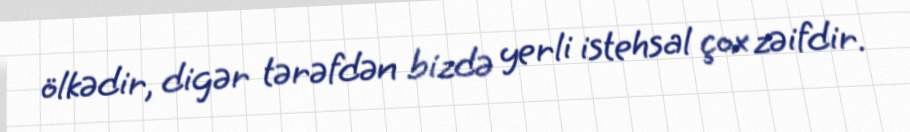
ölkədir, digər tərəfdən bizdə yerli istehsal çox zəifdir.